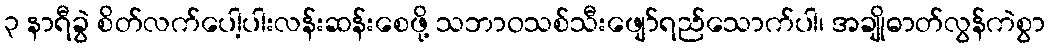
၃ နာရီခွဲ စိတ်လက်ပေါ့ပါးလန်းဆန်းစေဖို့ သဘာဝသစ်သီးဖျော်ရည်သောက်ပါ၊ အချိုဓာတ်လွန်ကဲစွာ